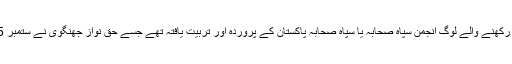
لشکرِ جھنگوی کی بنیاد رکھنے والے لوگ انجمن سپاہِ صحابہ یا سپاہِ صحابہ پاکستان کے پروردہ اور تربیت یافتہ تھے جسے حق نواز جھنگوی نے ستمبر 1985ء میں قائم کیا تھا۔